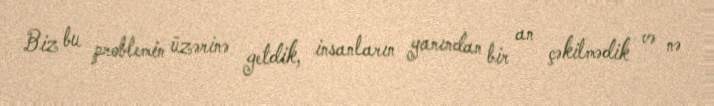
Biz bu problemin üzərinə getdik, insanların yanından bir an çəkilmədik və nə